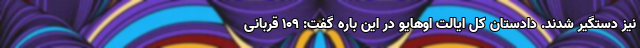
نیز دستگیر شدند. دادستان کل ایالت اوهایو در این باره گفت: ۱۰۹ قربانی